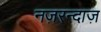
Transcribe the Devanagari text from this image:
नज़रन्दाज़